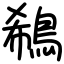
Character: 鵗